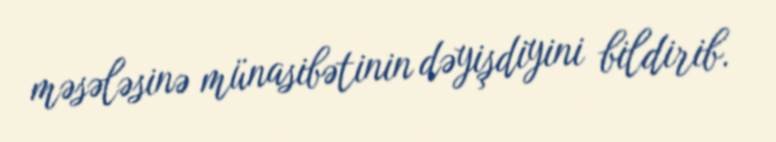
məsələsinə münasibətinin dəyişdiyini bildirib.